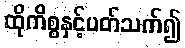
ထိုကိစ္စနှင့်ပတ်သက်၍